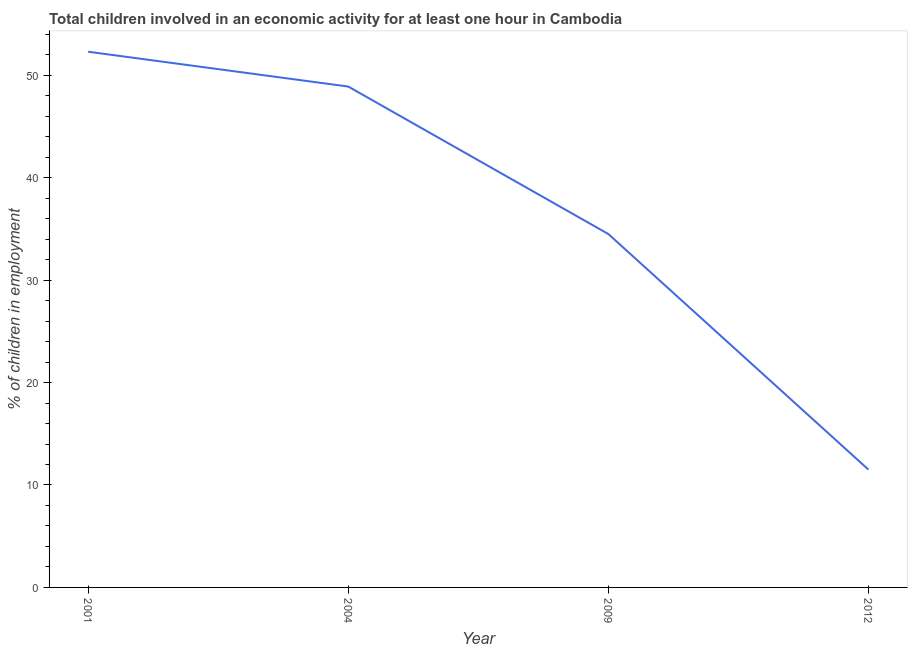
| Year | Children in employment |
 | --- | --- |
 | 2001 | 52.3 |
 | 2004 | 48.9 |
 | 2009 | 34.5 |
 | 2012 | 11.5 |